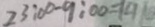
2 3 : 0 0 - 9 : 0 0 = 1 9